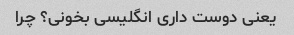
یعنی دوست داری انگلیسی بخونی؟ چرا